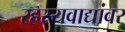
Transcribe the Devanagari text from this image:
रहस्यवाद्यांवर